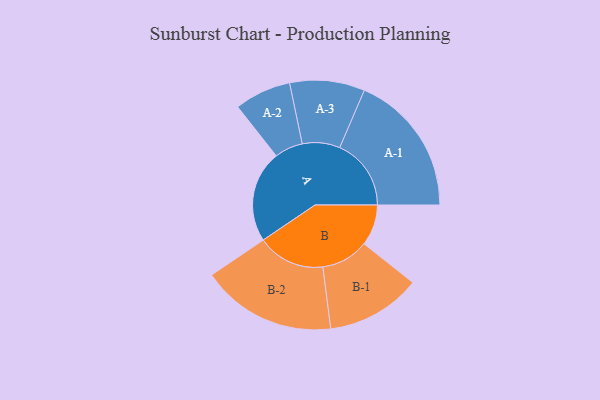
{"axis": {"x": "Segment", "y": "Value"}, "legend": ["", "A", "B"], "data": [{"x": "A", "y": 360, "type": ""}, {"x": "B", "y": 161, "type": ""}, {"x": "A-1", "y": 280, "type": "A"}, {"x": "A-2", "y": 111, "type": "A"}, {"x": "A-3", "y": 147, "type": "A"}, {"x": "B-1", "y": 186, "type": "B"}, {"x": "B-2", "y": 265, "type": "B"}]}